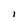
Character: 1